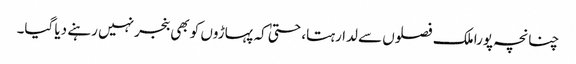
چنانچہ پورا ملک فصلوں سے لدا رہتا، حتیٰ کہ پہاڑوں کو بھی بنجر نہیں رہنے دیا گیا۔